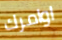
اوامرك